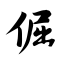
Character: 倔